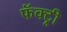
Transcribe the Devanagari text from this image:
फॅक्ट्री